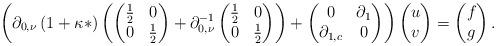
LaTeX: \begin{align*}\left(\partial_{0,\nu}\left(1+\kappa*\right)\left(\begin{pmatrix}\frac{1}{2} & 0\\0 & \frac{1}{2}\end{pmatrix}+\partial_{0,\nu}^{-1}\begin{pmatrix}\frac{1}{2} & 0\\0 & \frac{1}{2}\end{pmatrix}\right)+\begin{pmatrix}0 & \partial_{1}\\\partial_{1,c} & 0\end{pmatrix}\right)\begin{pmatrix}u\\v\end{pmatrix}=\begin{pmatrix}f\\g\end{pmatrix}.\end{align*}